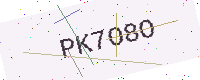
Text: PK7O8O